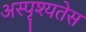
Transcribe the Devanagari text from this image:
अस्पृश्यतेस